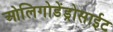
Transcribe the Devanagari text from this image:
ओलिगोडेंड्रोसाईट